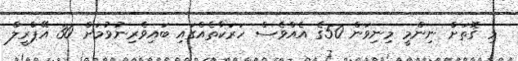
މި ގޮތަށް ނިންމީ މިނިވަން 50ގެ އެއްވެސް ހަރަކާތެއްގައި ބައިވެރިނުވުމަށް 30 އޭޕްރީލް